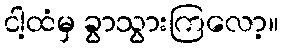
ငါ့ထံမှ ခွာသွားကြလော့။